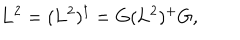
\mathbf { L } ^ { 2 } = ( \mathbf { L } ^ { 2 } ) ^ { \dagger } = G ( \mathbf { L } ^ { 2 } ) ^ { + } G ,